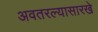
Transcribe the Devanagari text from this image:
अवतरल्यासारखे